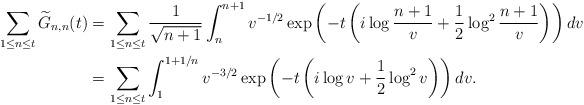
LaTeX: \begin{align*}\sum_{1\le n\le t} \widetilde{G}_{n,n}(t)&=\sum_{1\le n\le t} \frac{1}{\sqrt{n+1}} \int_n^{n+1} v^{-1/2} \exp\left(-t\left(i\log{\frac{n+1}{v}}+\frac{1}{2}\log^2{\frac{n+1}{v}}\right)\right) dv \\&=\sum_{1\le n\le t} \int_1^{1+1/n} v^{-3/2} \exp\left(-t\left(i\log v+\frac{1}{2}\log^2v\right)\right) dv.\end{align*}